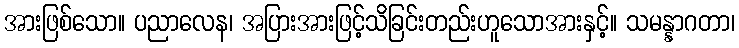
အားဖြစ်သော။ ပညာလေန၊ အပြားအားဖြင့်သိခြင်းတည်းဟူသောအားနှင့်။ သမန္နာဂတာ၊